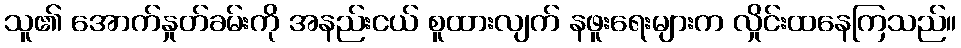
သူ၏ အောက်နှုတ်ခမ်းကို အနည်းငယ် စူထားလျက် နဖူးရေးများက လှိုင်းထနေကြသည်။